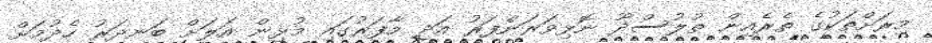
މިރަށްތަކުގެ ތެރެއިން ތުލުސްދޫ ނޮޅިވަރަންފަރު އަދި މާފަރުގައި މުޅިން އަލަށް ބަނދަރު ހެދުމަށް